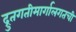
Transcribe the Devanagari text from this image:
द्रुतगतीमार्गालगतची